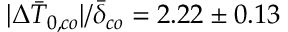
| \Delta \bar { T } _ { 0 , c o } | / \bar { \delta } _ { c o } = 2 . 2 2 \pm 0 . 1 3